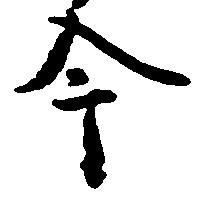
今